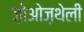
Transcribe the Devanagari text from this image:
ज़ोओज़थेली